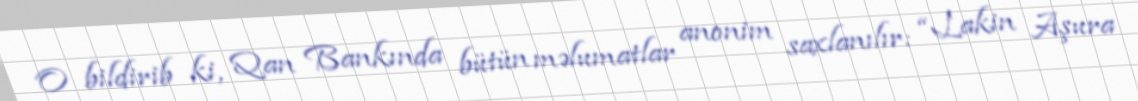
O bildirib ki, Qan Bankında bütün məlumatlar anonim saxlanılır: “Lakin Aşura